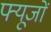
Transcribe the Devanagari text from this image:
फ्यूजों